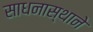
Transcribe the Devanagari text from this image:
साधनास्थाने